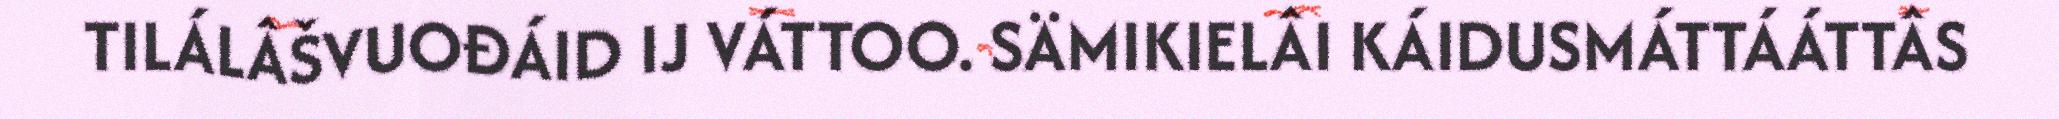
TILÁLÂŠVUOĐÁID IJ VÁTTOO. SÄMIKIELÂI KÁIDUSMÁTTÁÁTTÂS